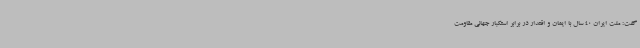
گفت: ملت ایران 40 سال با ایمان و اقتدار در برابر استکبار جهانی مقاومت